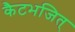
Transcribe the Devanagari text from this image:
कैटभजित्